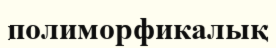
полиморфикалық